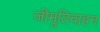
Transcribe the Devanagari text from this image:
जीमूतिवाहन